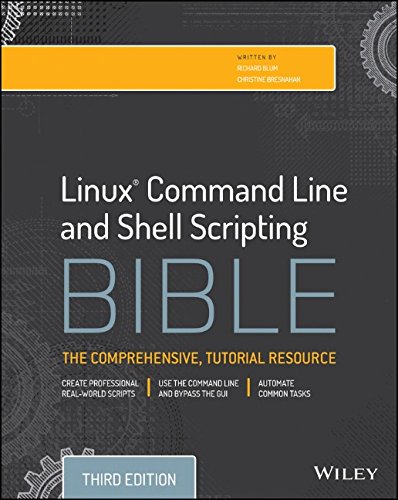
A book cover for Linux Command Line and Shell Scripting Bible; Richard Blum; Computers & Technology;